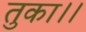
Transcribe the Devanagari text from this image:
तुका।।